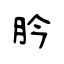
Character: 肣